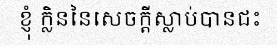
ខ្ញុំ ក្លិននៃសេចក្តីស្លាប់បានជះ